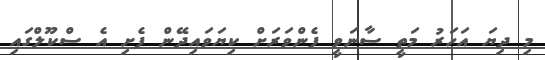
މި ދިޔަ އަހަރު މަތީ ސާނަވީ ފެންވަރަށް ކިޔަވައިދޭން ފެށި އެ ސްކޫލްގައި